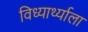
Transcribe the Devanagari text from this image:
विध्यार्थ्याला